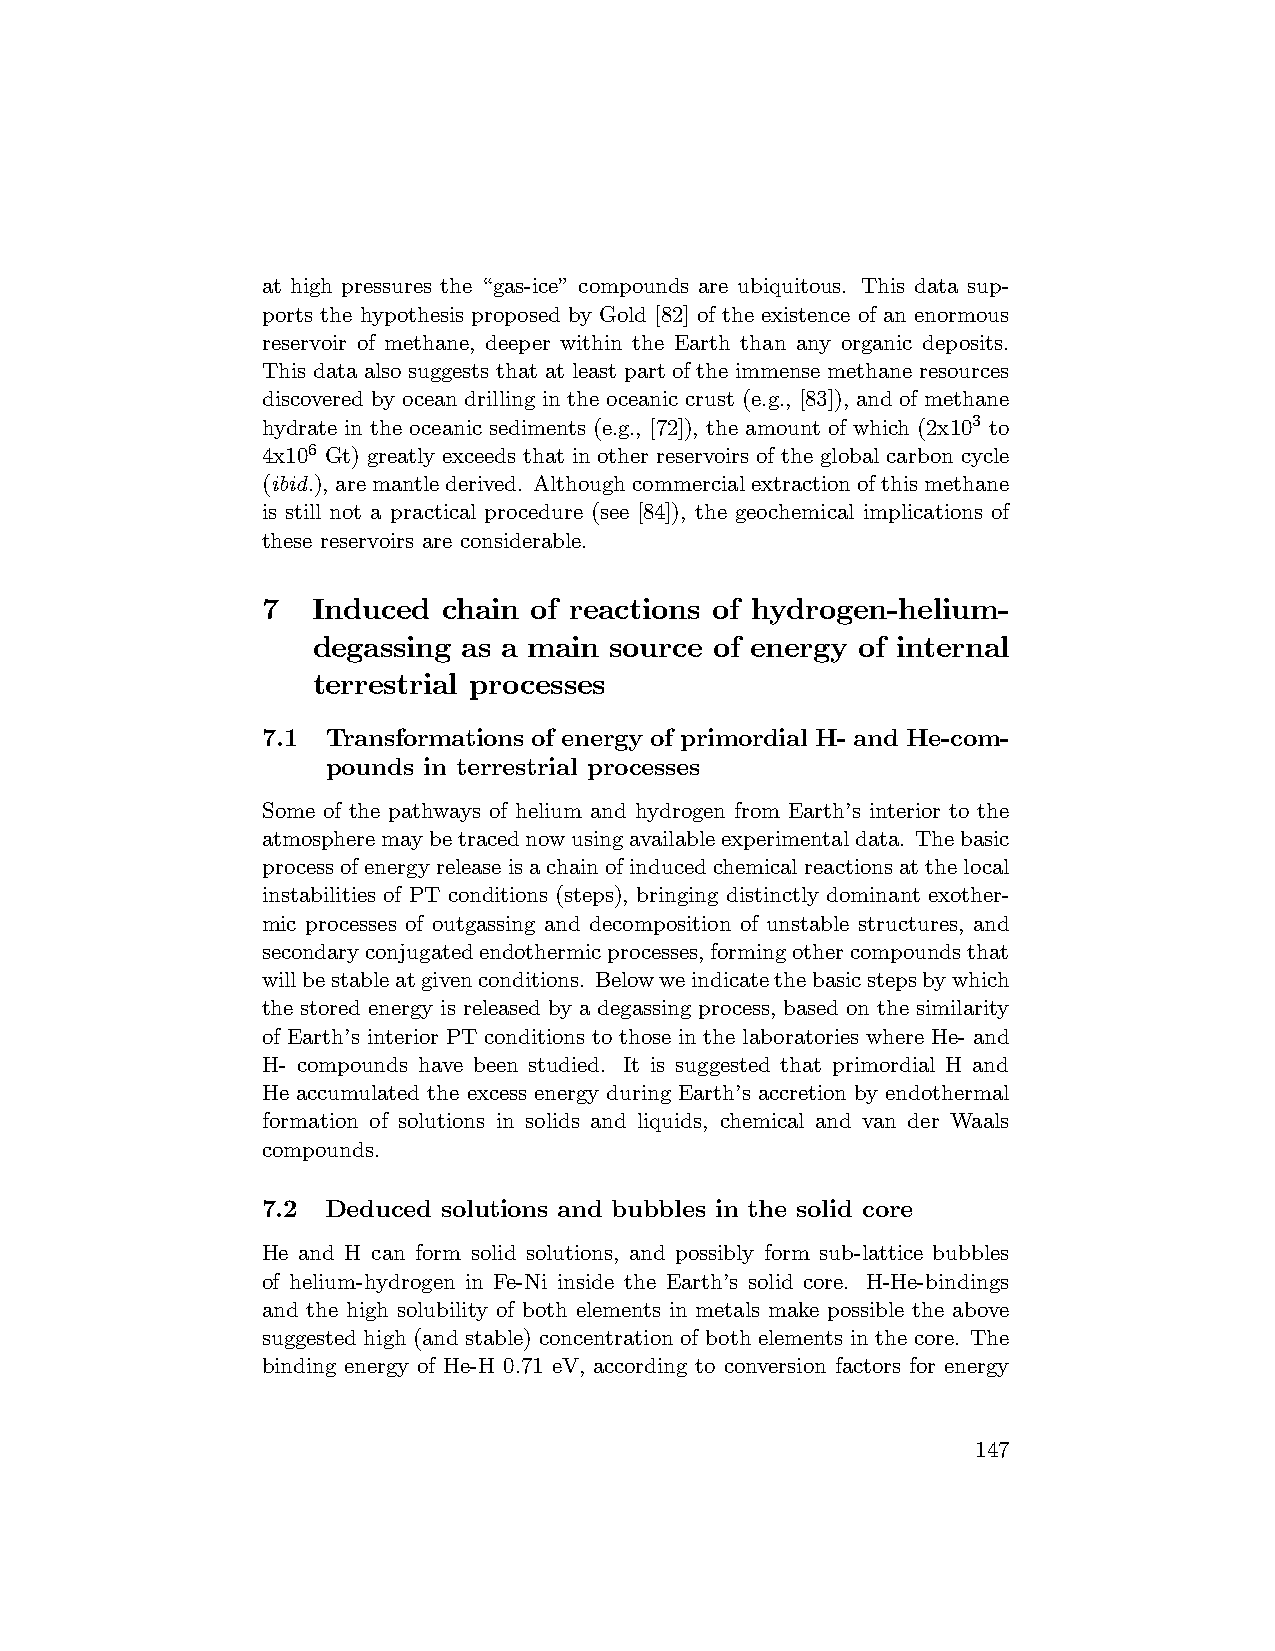
at high pressures the “gas-ice” compounds are ubiquitous. This data sup-
 ports the hypothesis proposed by Gold [82] of the existence of an enormous
 reservoir of methane, deeper within the Earth than any organic deposits.
 This data also suggests that at least part of the immense methane resources
 discovered by ocean drilling in the oceanic crust (e.g., [83]), and of methane
 hydrate in the oceanic sediments (e.g., [72]), the amount of which (2x103 to
 4x106 Gt) greatly exceeds that in other reservoirs of the global carbon cycle
 (ibid.), aremantlederived. Althoughcommercialextractionofthismethane
 is still not a practical procedure (see [84]), the geochemical implications of
 these reservoirs are considerable.
 7   Induced chain of reactions of hydrogen-helium-
 degassing as a main source of energy of internal
 terrestrial processes
 7.1  Transformations of energy of primordial H- and He-com-
 pounds in terrestrial processes
 Some of the pathways of helium and hydrogen from Earth’s interior to the
 atmospheremaybetracednowusingavailableexperimentaldata. Thebasic
 processofenergyreleaseisachainofinducedchemicalreactionsatthelocal
 instabilities of PT conditions (steps), bringing distinctly dominant exother-
 mic processes of outgassing and decomposition of unstable structures, and
 secondaryconjugatedendothermicprocesses,formingothercompoundsthat
 willbestableatgivenconditions. Belowweindicatethebasicstepsbywhich
 the stored energy is released by a degassing process, based on the similarity
 of Earth’s interior PT conditions to those in the laboratories where He- and
 H- compounds have been studied. It is suggested that primordial H and
 He accumulated the excess energy during Earth’s accretion by endothermal
 formation of solutions in solids and liquids, chemical and van der Waals
 compounds.
 7.2  Deduced solutions and bubbles in the solid core
 He and H can form solid solutions, and possibly form sub-lattice bubbles
 of helium-hydrogen in Fe-Ni inside the Earth’s solid core. H-He-bindings
 and the high solubility of both elements in metals make possible the above
 suggested high (and stable) concentration of both elements in the core. The
 binding energy of He-H 0.71 eV, according to conversion factors for energy
 147